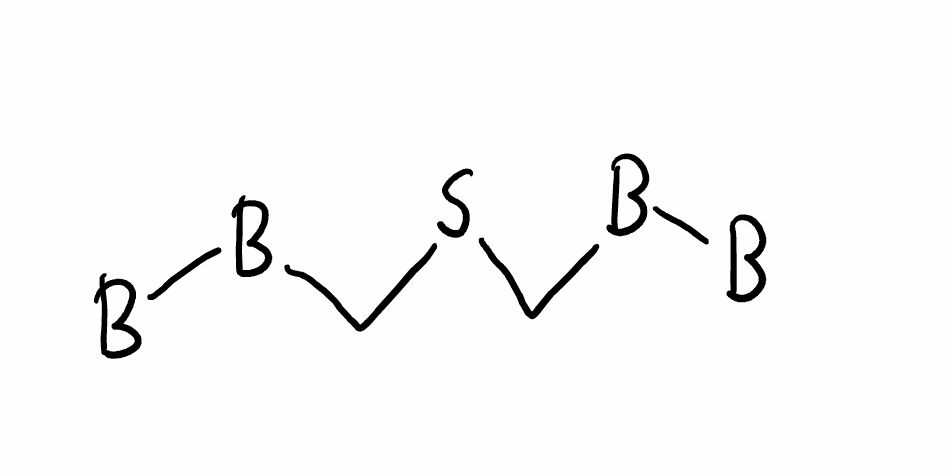
Simplified molecular-input line-entry system (SMILES) notation of the given molecule:
[B][B]CSC[B][B]